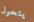
يتحول